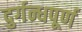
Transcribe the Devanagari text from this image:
दुर्गन्धपूर्ण